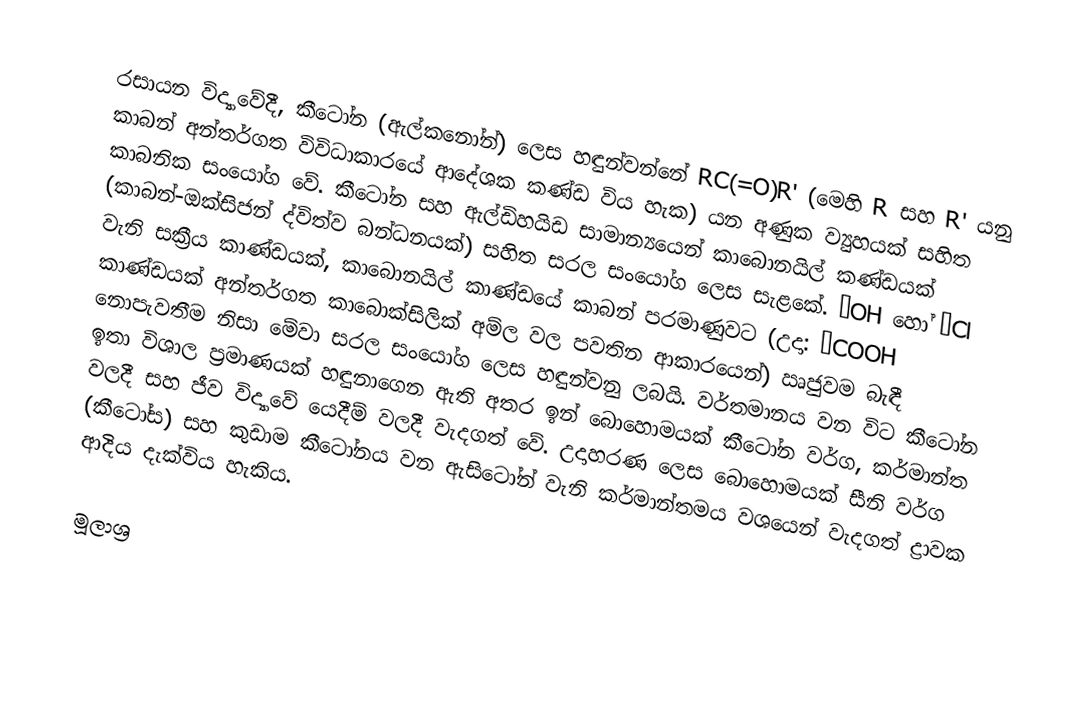
රසායන විද්‍යාවේදී, කීටෝන (ඇල්කනෝන්)  ලෙස හඳුන්වන්නේ RC(=O)R' (මෙහි R සහ R' යනු කාබන් අන්තර්ගත විවිධාකාරයේ  ආදේශක කණ්ඩ විය හැක) යන අණුක ව්‍යුහයක් සහිත කාබනික සංයෝග වේ. කීටෝන සහ ඇල්ඩිහයිඩ සාමාන්‍යයෙන් කාබොනයිල් කණ්ඩයක් (කාබන්-ඔක්සිජන් ද්විත්ව බන්ධනයක්) සහිත සරල සංයෝග ලෙස සැළකේ. −OH හෝ −Cl වැනි සක්‍රීය කාණ්ඩයක්, කාබොනයිල් කාණ්ඩයේ කාබන් පරමාණුවට (උදා: −COOH කාණ්ඩයක් අන්තර්ගත කාබොක්සිලික් අම්ල වල පවතින ආකාරයෙන්) ඍජුවම බැඳී නොපැවතීම නිසා මේවා සරල සංයෝග ලෙස හඳුන්වනු ලබයි. වර්තමානය වන විට කීටෝන ඉතා විශාල ප්‍රමාණයක් හඳුනාගෙන ඇති අතර ඉන් බොහොමයක් කීටෝන වර්ග, කර්මාන්ත වලදී සහ ජීව විද්‍යාවේ යෙදීම් වලදී වැදගත් වේ. උදාහරණ ලෙස බොහොමයක් සීනි වර්ග (කීටෝස) සහ කුඩාම කීටෝනය වන ඇසිටෝන් වැනි කර්මාන්තමය වශයෙන් වැදගත් ද්‍රාවක ආදිය දැක්විය හැකිය.

මූලාශ්‍ර